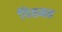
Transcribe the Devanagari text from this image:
पितमह